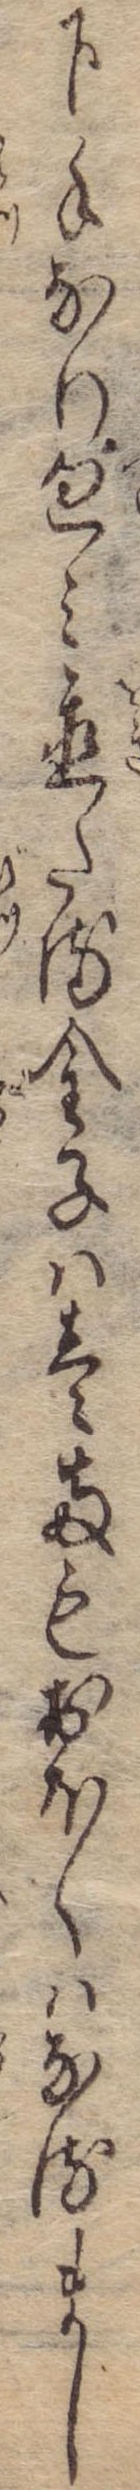
下手なり包み置たる金子は壱両もおほくはなるまし